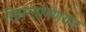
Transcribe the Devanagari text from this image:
सिमन्तोणणयन